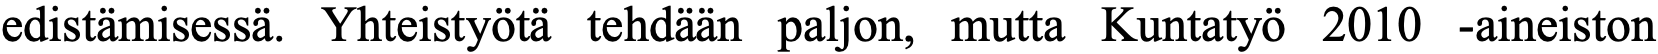
edistämisessä. Yhteistyötä tehdään paljon, mutta Kuntatyö 2010 -aineiston